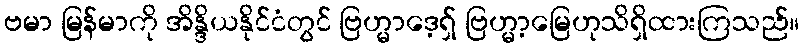
ဗမာ မြန်မာကို အိန္ဒိယနိုင်ငံတွင် ဗြဟ္မာဒေ့ရှ် ဗြဟ္မာ့မြေဟုသိရှိထားကြသည်။